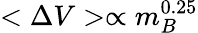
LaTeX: <\Delta V>\propto m_{B}^{0.25}